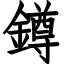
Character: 鐏